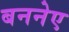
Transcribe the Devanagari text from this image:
बननेए